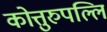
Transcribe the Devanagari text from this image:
कोत्तुरुपल्लि